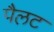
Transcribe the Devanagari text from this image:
पैलट